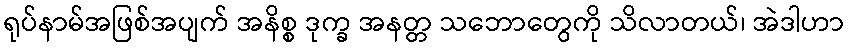
ရုပ်နာမ်အဖြစ်အပျက် အနိစ္စ ဒုက္ခ အနတ္တ သဘောတွေကို သိလာတယ်၊ အဲဒါဟာ